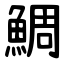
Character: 鯛